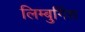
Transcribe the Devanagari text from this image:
लिम्बुर्गिश